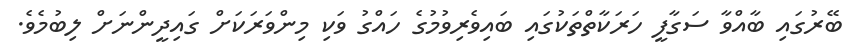
ބޭރުގައި ބާއްވާ ސަގާފީ ހަރަކާތްތަކުގައި ބައިވެރިވުމުގެ ހައްގު ވަކި މިންވަރަކަށް ގައިދީންނަށް ލިބުމެވެ.